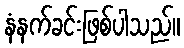
နံနက်ခင်းဖြစ်ပါသည်။